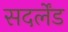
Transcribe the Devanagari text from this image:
सदर्लेंड